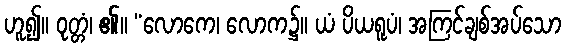
ဟူ၍။ ဝုတ္တံ၊ ၏။ “လောကေ၊ လောက၌။ ယံ ပိယရူပံ၊ အကြင်ချစ်အပ်သော